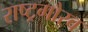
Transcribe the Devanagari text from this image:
राष्‍ट्रगौरव